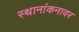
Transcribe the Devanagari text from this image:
स्थानांकनावर